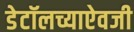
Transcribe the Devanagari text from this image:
डेटॉलच्याऐवजी